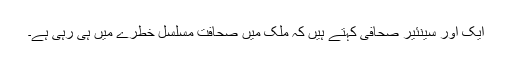
ایک اور سینئیر صحافی کہتے ہیں کہ ملک میں صحافت مسلسل خطرے میں ہی رہی ہے۔